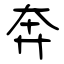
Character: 奔